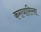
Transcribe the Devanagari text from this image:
करायारिल्ला